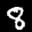
Label: 8